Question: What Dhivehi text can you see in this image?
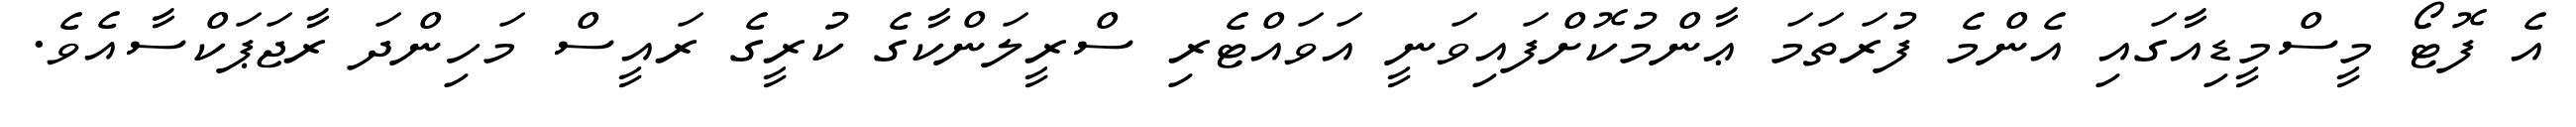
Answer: އެ ފޮޓޯ މީސްމީޑިއާގައި އެންމެ ފުރަތަމަ ޢާންމުކޮށްފައިވަނީ އަވައްޓެރި ސްރީލަންކާގެ ކުރީގެ ރައީސް މަހިންދަ ރާޖަޕަކްސާއެވެ.